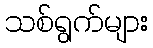
သစ်ရွက်များ